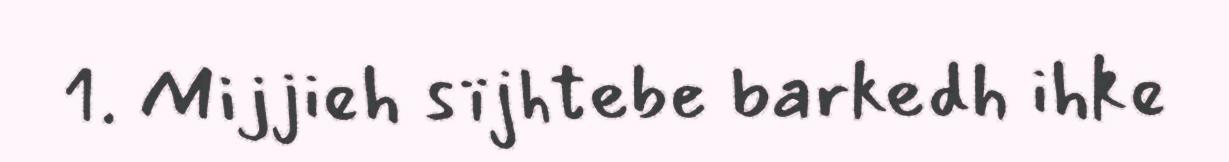
1. Mijjieh sïjhtebe barkedh ihke